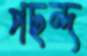
পছন্দ